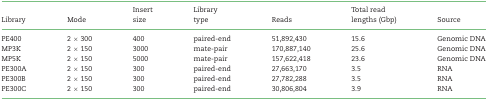
<table><thead><tr><td></td><td></td><td><b>Insert</b></td><td><b>Library</b></td><td></td><td><b>Total read</b></td><td></td></tr><tr><td><b>Library</b></td><td><b>Mode</b></td><td><b>size</b></td><td><b>type</b></td><td><b>Reads</b></td><td><b>lengths (Gbp)</b></td><td><b>Source</b></td></tr></thead><tbody><tr><td>PE400</td><td>2 × 300</td><td>400</td><td>paired-end</td><td>51,892,430</td><td>15.6</td><td>Genomic DNA</td></tr><tr><td>MP3K</td><td>2 × 150</td><td>3000</td><td>mate-pair</td><td>170,887,140</td><td>25.6</td><td>Genomic DNA</td></tr><tr><td>MP5K</td><td>2 × 150</td><td>5000</td><td>mate-pair</td><td>157,622,418</td><td>23.6</td><td>Genomic DNA</td></tr><tr><td>PE300A</td><td>2 × 150</td><td>300</td><td>paired-end</td><td>27,663,170</td><td>3.5</td><td>RNA</td></tr><tr><td>PE300B</td><td>2 × 150</td><td>300</td><td>paired-end</td><td>27,782,288</td><td>3.5</td><td>RNA</td></tr><tr><td>PE300C</td><td>2 × 150</td><td>300</td><td>paired-end</td><td>30,806,804</td><td>3.9</td><td>RNA</td></tr></tbody></table>